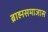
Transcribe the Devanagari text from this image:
ब्राह्मसमाजास